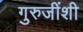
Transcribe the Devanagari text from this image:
गुरुजींशी